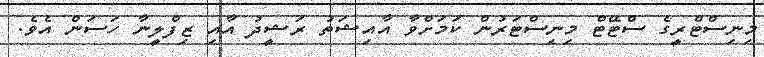
މިނިސްޓްރީގެ ސްޓޭޓް މިނިސްޓަރުން ކަމަށްވާ އާއިޝަތު ރަޝީދު އާއި ޒިފްލީނާ ހަސަން އެވެ.